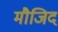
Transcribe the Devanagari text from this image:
मौजिद